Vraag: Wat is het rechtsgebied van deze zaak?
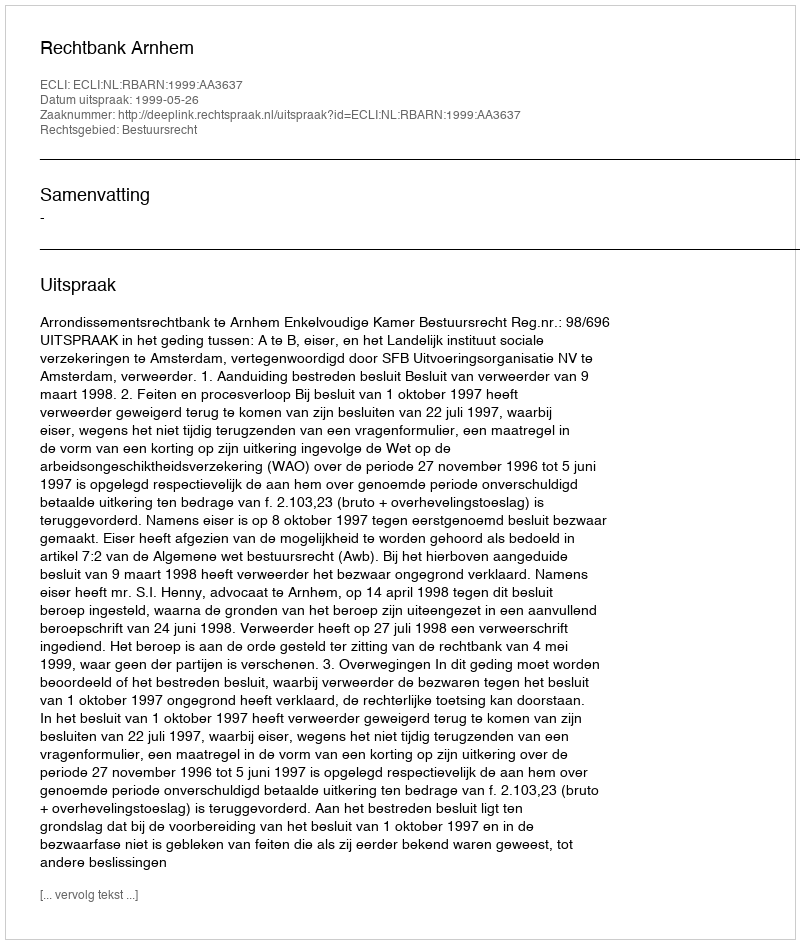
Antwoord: Bestuursrecht